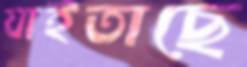
যাইতাছে